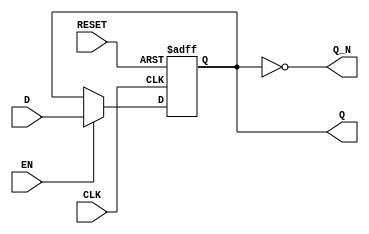
module gated_latch (
    input wire D,        // Data input
    input wire CLK,      // Clock input
    input wire EN,       // Enable input
    input wire RESET,    // Reset input (optional)
    output reg Q,        // Output representing the stored value
    output wire Q_N      // Complement of the output
);

    // Complement of the output
    assign Q_N = ~Q;

    // Sequential logic for the gated latch
    always @(posedge CLK or posedge RESET) begin
        if (RESET) begin
            Q <= 1'b0; // Reset condition, set Q to 0
        end else if (EN) begin
            Q <= D;    // Sample D on the rising edge of CLK if EN is high
        end
        // If EN is low, Q retains its previous state
    end

endmodule